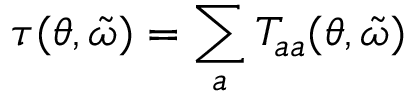
\tau ( \theta , \tilde { \omega } ) = \sum _ { a } T _ { a a } ( \theta , \tilde { \omega } )